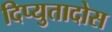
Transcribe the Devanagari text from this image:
दिप्युतादोस